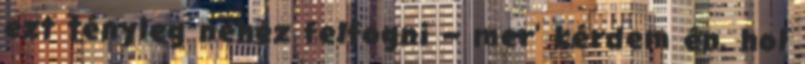
ezt tényleg nehéz felfogni – mer' kérdem én, hol